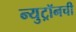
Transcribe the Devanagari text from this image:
न्युट्रॉनची